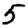
Digit: 5